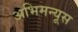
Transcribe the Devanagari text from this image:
अभिमन्यूस